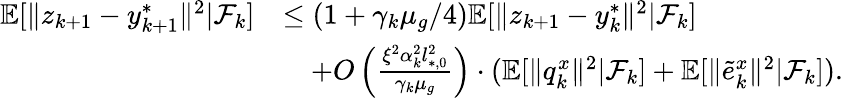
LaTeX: \begin{array}{rl}{\mathbb{E}[\| z_{k+1}-y_{k+1}^{*}\| ^{2}|\mathcal{F}_{k}]}&{\le(1+\gamma_{k}\mu_{g}/4)\mathbb{E}[\| z_{k+1}-y_{k}^{*}\| ^{2}|\mathcal{F}_{k}]}\\ &{\quad+O\left(\frac{\xi^{2}\alpha_{k}^{2}l_{*,0}^{2}}{\gamma_{k}\mu_{g}}\right)\cdot(\mathbb{E}[\| q_{k}^{x}\| ^{2}|\mathcal{F}_{k}]+\mathbb{E}[\| \tilde{e}_{k}^{x}\| ^{2}|\mathcal{F}_{k}]).}\end{array}